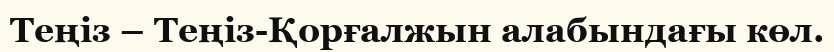
Теңіз – Теңіз-Қорғалжын алабындағы көл.